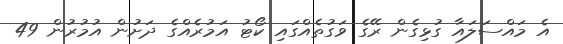
އެ މައްސަލައާ ގުޅިގެން ރޭގެ ވަގުތެއްގައި ކޯޓު އަމުރެއްގެ ދަށުން އުމުރުން 49